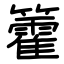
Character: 籗